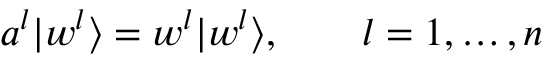
a ^ { l } | w ^ { l } \rangle = w ^ { l } | w ^ { l } \rangle , \qquad l = 1 , \ldots , n